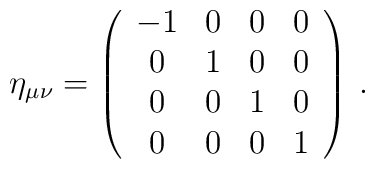
\eta_{\mu\nu}=\left(\begin{array}{cccc} -1 & 0 & 0 & 0 \\ 	0 & 1 & 0 & 0 \\ 0 & 0 & 1 & 0 \\ 0 & 0 & 0 & 1 \end{array}	\right) \, .